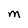
Character: M